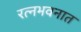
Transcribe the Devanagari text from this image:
रत्‍नभवनात